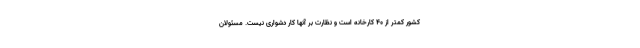
کشور کمتر از 40 کارخانه است و نظارت بر آنها کار دشواری نیست. مسئولان